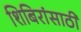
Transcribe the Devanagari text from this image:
शिबिरांसाठी